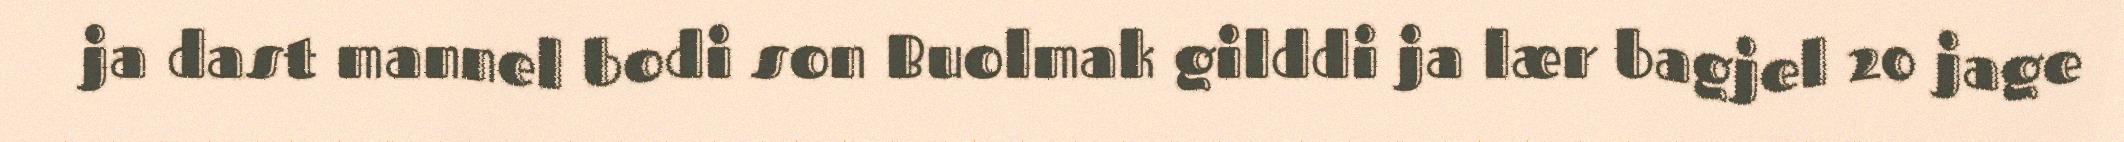
ja dast mannel bodi son Buolmak gilddi ja lær bagjel 20 jage